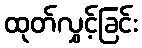
ထုတ်လွှင့်ခြင်း